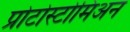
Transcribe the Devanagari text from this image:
प्रोटोस्टोमिअन